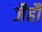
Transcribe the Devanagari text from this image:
जैहौं